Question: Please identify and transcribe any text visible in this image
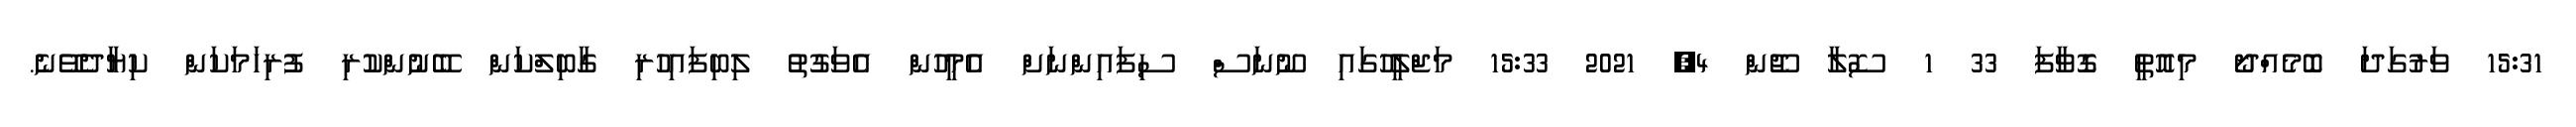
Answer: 15:31 ވަރުގަދަ ބޮމެއްދޯ މިއޮތީ ގޮވާފަ 33 1 ސޮލާ ޖޫން 4, 2021 15:33 މަޖްލީހުގައި ނޫނަސް ސިފައިންނަށް އެމީހުން އެވަގުތު ލިބިފައިހުރި ގާބިލްކަން ބޭނުންކުރި ފުރިހަމަކަން ކިޔާދެވޭނެ.